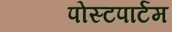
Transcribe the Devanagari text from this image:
पोस्‍टपार्टम